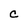
Character: C